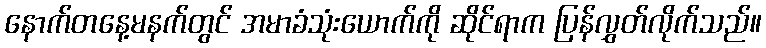
နောက်တနေ့မနက်တွင် အမာခံသုံးယောက်ကို ဆိုင်ရာက ပြန်လွှတ်လိုက်သည်။